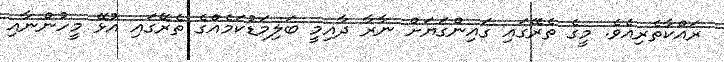
ރައްކާތެރިއެވެ. މީގެ ތެރޭގައި ގައިންގަޔަށް ނާރާ ދާއިމީ ބަލިމަޑުކަމެއްގެ ތެރޭގައި އުޅޭ މީހުންނާއި